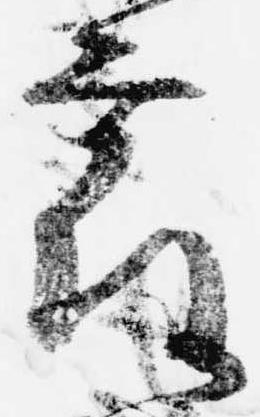
露